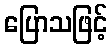
ပြောသဖြင့်